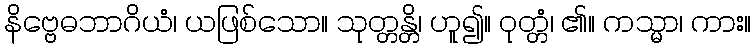
နိဗ္ဗေဓဘာဂိယံ၊ ယဖြစ်သော။ သုတ္တန္တိ၊ ဟူ၍။ ဝုတ္တံ၊ ၏။ ကသ္မာ၊ ကား။